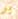
بر